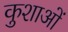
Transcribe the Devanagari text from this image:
कुशाओं